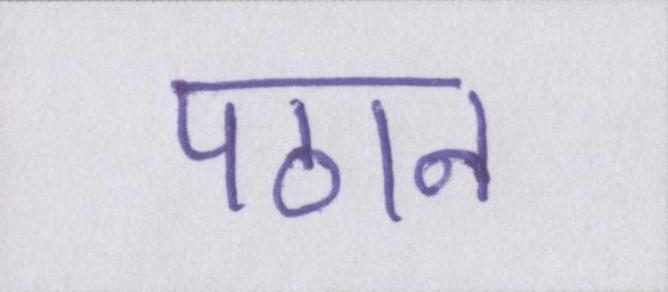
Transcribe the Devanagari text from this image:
पठान